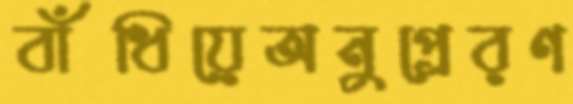
বাঁধিয়েঅনুপ্রেরণ